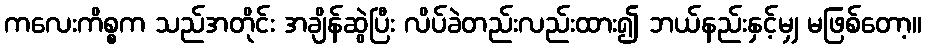
ကလေးကိစ္စက သည်အတိုင်း အချိန်ဆွဲပြီး လိပ်ခဲတည်းလည်းထား၍ ဘယ်နည်းနှင့်မျှ မဖြစ်တော့။